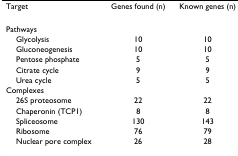
<table><thead><tr><td><b>Target</b></td><td><b>Genes found (n)</b></td><td><b>Known genes (n)</b></td></tr></thead><tbody><tr><td>Pathways</td><td></td><td></td></tr><tr><td> Glycolysis</td><td>10</td><td>10</td></tr><tr><td> Gluconeogenesis</td><td>10</td><td>10</td></tr><tr><td> Pentose phosphate</td><td>5</td><td>5</td></tr><tr><td> Citrate cycle</td><td>9</td><td>9</td></tr><tr><td> Urea cycle</td><td>5</td><td>5</td></tr><tr><td>Complexes</td><td></td><td></td></tr><tr><td> 26S proteosome</td><td>22</td><td>22</td></tr><tr><td> Chaperonin (TCP1)</td><td>8</td><td>8</td></tr><tr><td> Spliceosome</td><td>130</td><td>143</td></tr><tr><td> Ribosome</td><td>76</td><td>79</td></tr><tr><td> Nuclear pore complex</td><td>26</td><td>28</td></tr></tbody></table>